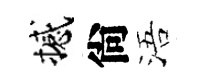
撼尙浯